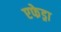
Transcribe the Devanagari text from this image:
एफेड्रा